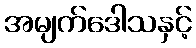
အမျက်ဒေါသနှင့်